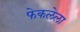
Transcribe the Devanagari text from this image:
फेकलेला